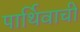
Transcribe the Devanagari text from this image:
पार्थिवाची